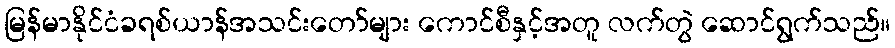
မြန်မာနိုင်ငံခရစ်ယာန်အသင်းတော်များ ကောင်စီနှင့်အတူ လက်တွဲ ဆောင်ရွက်သည်။